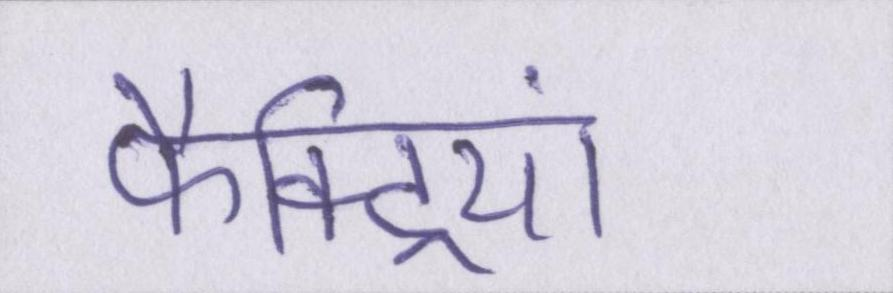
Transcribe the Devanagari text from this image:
फैक्ट्रियां